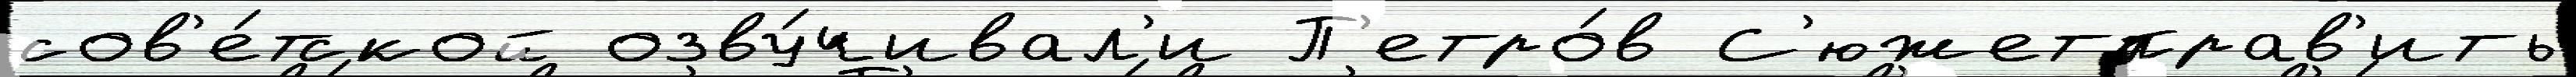
сов'е́тской озву́чивал'и П'етро́в С'южетправ'ить